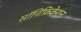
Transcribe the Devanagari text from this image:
सॉनिफ़िकेशन